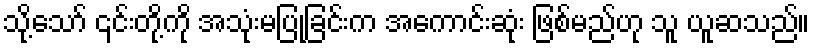
သို့သော် ၎င်းတို့ကို အသုံးမပြုခြင်းက အကောင်းဆုံး ဖြစ်မည်ဟု သူ ယူဆသည်။